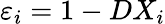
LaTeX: \varepsilon_{i}=1-DX_{i}